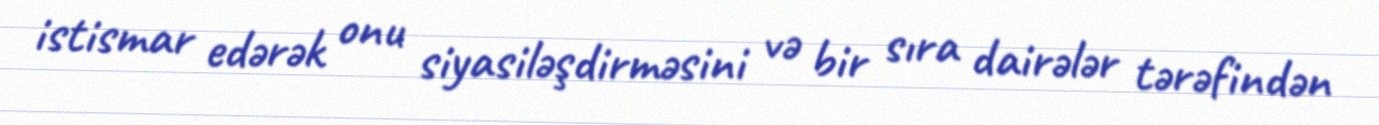
istismar edərək onu siyasiləşdirməsini və bir sıra dairələr tərəfindən